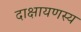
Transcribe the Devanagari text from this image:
दाक्षायणस्य